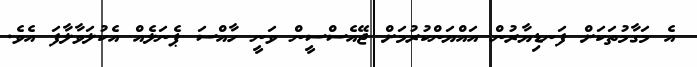
އެ މަގާމުތަކަށް ފަނޑިޔާރުން އައްޔަންކުރުމަށް ޖޭއެސްސީން ވަނީ ހާއްސަ ޕެނަލެއް އެކުލަވާލާފަ އެވެ.